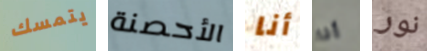
يتمسك الأحصنة أنا أنا نور